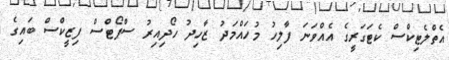
އެތްލެޓިކްސް ކެޓަގަރީގެ އެއްވަނަ ފާލިހު މުހައްމަދު ޒާހިދު ހޯދިއިރު ސްޕޯޓްސް ފިޒީކްސް ބައިގެ